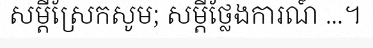
សម្តីស្រែកសូម; សម្តីថ្លែងការណ៍ ...។